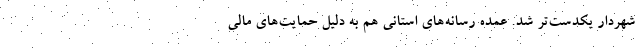
شهردار یکدست‌تر شد. عمده رسانه‌های استانی هم به دلیل حمایت‌های مالی